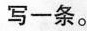
写一条。